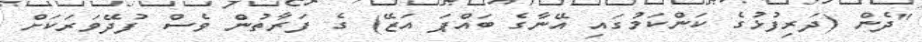
"ދެން (ދަރިފުޅުގެ ކަންކަމުގައި އޭނާގެ ބައްޕަ އަޒޭ) ގެ ފަރާތުން ވެސް ފުދޭވަރަކަށް